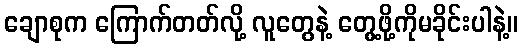
ချောစုက ကြောက်တတ်လို့ လူတွေနဲ့ တွေ့ဖို့ကိုမခိုင်းပါနဲ့။